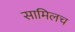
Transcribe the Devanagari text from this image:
सामिलच